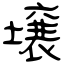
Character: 壌